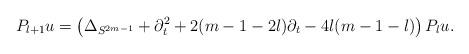
LaTeX: \begin{align*} P_{l+1}u = \left(\Delta_{S^{2m-1}}+ \partial_t^2+ 2(m-1-2l)\partial_t - 4l(m-1-l) \right) P_lu. \end{align*}